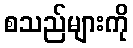
စသည်များကို